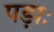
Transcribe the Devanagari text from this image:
पड़ाः